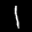
Label: 1